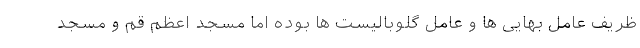
ظریف عامل بهایی ها و عامل گلوبالیست ها بوده اما مسجد اعظم قم و مسجد